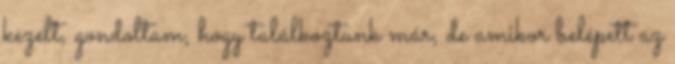
kezelt, gondoltam, hogy találkoztunk már, de amikor belépett az